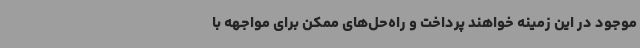
موجود در این زمینه خواهند پرداخت و راه‌حل‌های ممکن برای مواجهه با